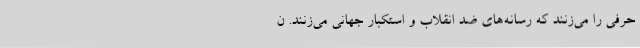
حرفی را می‌زنند که رسانه‌های ضد انقلاب و استکبار جهانی می‌زنند. ن